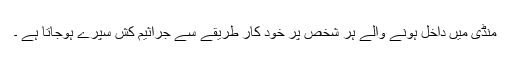
منڈی میں داخل ہونے والے ہر شخص پر خود کار طریقے سے جراثیم کش سپرے ہوجاتا ہے ۔